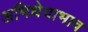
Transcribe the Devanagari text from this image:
अभिधेयाभाव